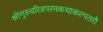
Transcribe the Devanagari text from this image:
श्रीगुरुचरित्रपरमकथाकल्पतरौ